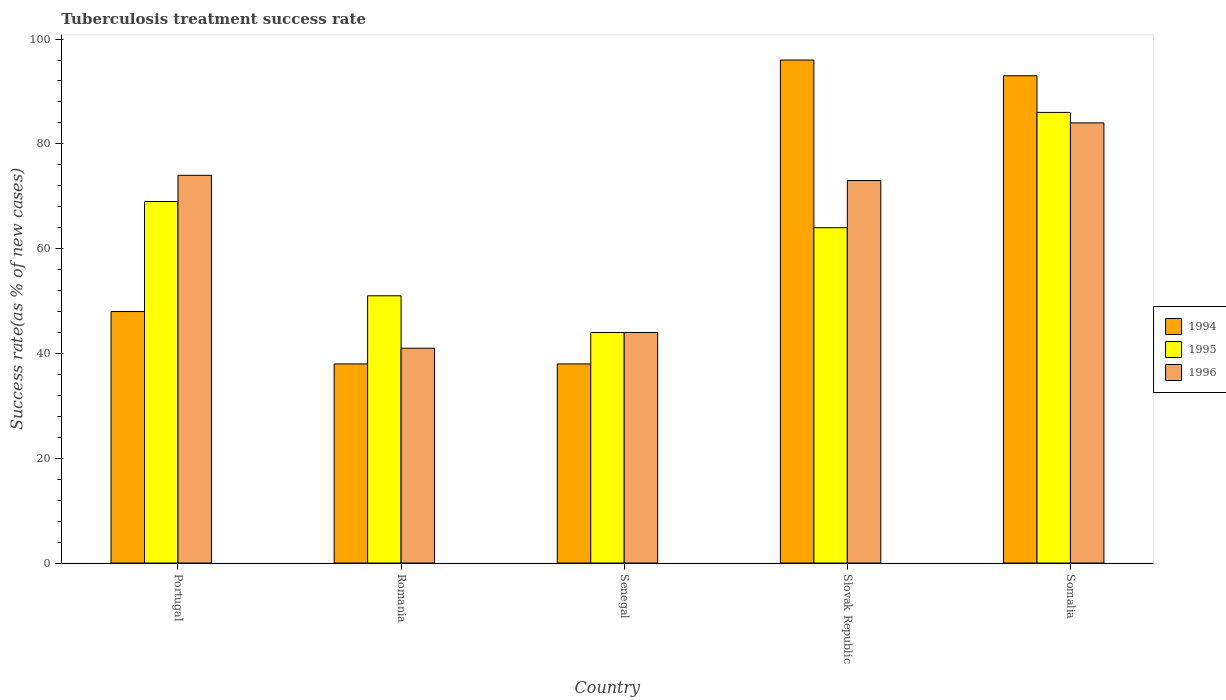
| Country | 1994 | 1995 | 1996 |
 | --- | --- | --- | --- |
 | Portugal | 48 | 69 | 74 |
 | Romania | 38 | 51 | 41 |
 | Senegal | 38 | 44 | 44 |
 | Slovak Republic | 96 | 64 | 73 |
 | Somalia | 93 | 86 | 84 |